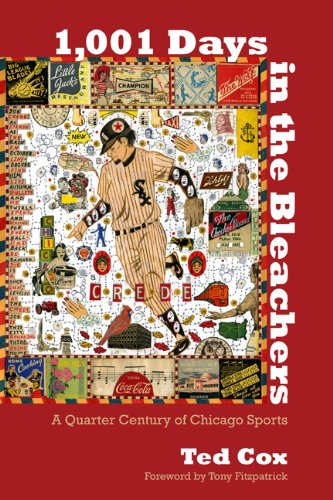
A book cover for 1,001 Days in the Bleachers: A Quarter Century of Chicago Sports; Ted Cox; Sports & Outdoors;